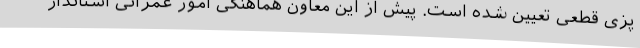
پزی قطعی تعیین شده است. پیش از این معاون هماهنگی امور عمرانی استاندار